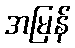
အမြန်